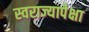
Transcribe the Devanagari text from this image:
स्वराज्यापेक्षा